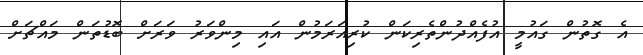
އެ ގޮތުން ގައުމީ އުފެއްދުންތެރިކަން ކުރިއަރަމުން އައި މިންވަރު ވަރަށް ބޮޑުތަން މައްޗަށް